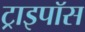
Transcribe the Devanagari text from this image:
ट्राइपॉस